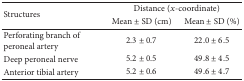
<table><thead><tr><td rowspan="2"><b>Structures</b></td><td colspan="2"><b>Distance (<i>x</i>-coordinate)</b></td></tr><tr><td><b>Mean ± SD (cm)</b></td><td><b>Mean ± SD (%)</b></td></tr></thead><tbody><tr><td>Perforating branch of peroneal artery</td><td>2.3 ± 0.7</td><td>22.0 ± 6.5</td></tr><tr><td>Deep peroneal nerve</td><td>5.2 ± 0.5</td><td>49.8 ± 4.5</td></tr><tr><td>Anterior tibial artery</td><td>5.2 ± 0.6</td><td>49.6 ± 4.7</td></tr></tbody></table>